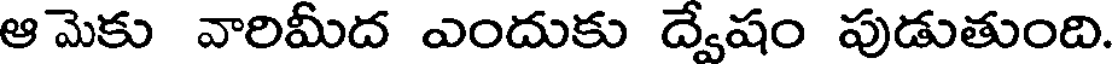
ఆమెకు వారిమీద ఎందుకు ద్వేషం పుడుతుంది.